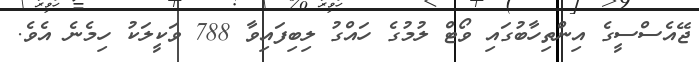
ޖޭއެސްސީގެ އިންތިހާބުގައި ވޯޓް ލުމުގެ ހައްގު ލިބިފައިވާ 788 ވަކީލަކު ހިމެނެ އެވެ.